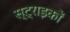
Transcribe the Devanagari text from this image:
स्ट्राइकों